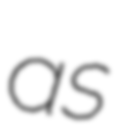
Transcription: as